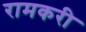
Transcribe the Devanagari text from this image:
रामकरी